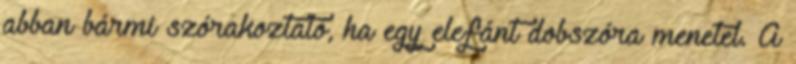
abban bármi szórakoztató, ha egy elefánt dobszóra menetel. A